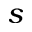
s